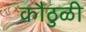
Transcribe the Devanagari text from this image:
कौठुळी